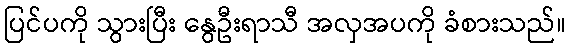
ပြင်ပကို သွားပြီး နွေဦးရာသီ အလှအပကို ခံစားသည်။